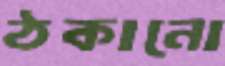
ঠকানো